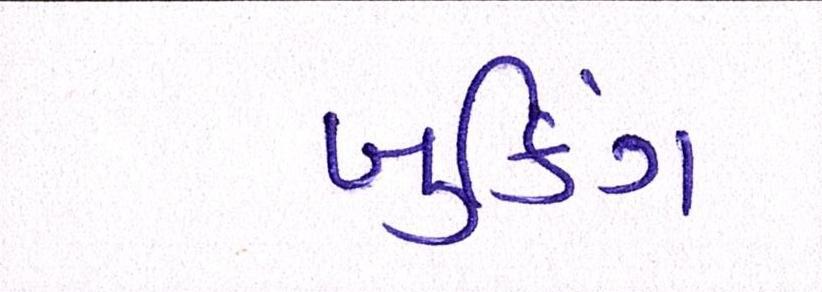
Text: બુકિંગ